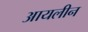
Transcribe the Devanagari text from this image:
आयलीन